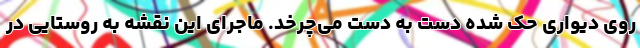
روی دیواری حک شده دست به دست می‌چرخد. ماجرای این نقشه به روستایی در